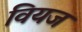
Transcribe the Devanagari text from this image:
वियज